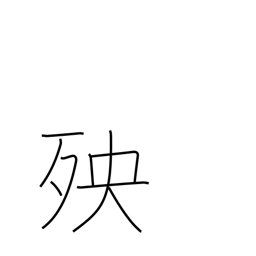
Meaning: calamity